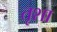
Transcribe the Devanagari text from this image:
तृशा